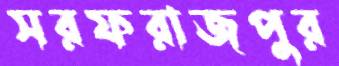
সরফরাজপুর